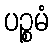
ပဉ္စမံ